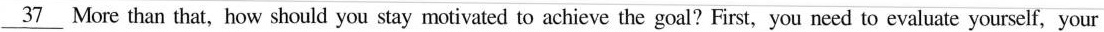
\underline{37} More than that, how should you stay motivated to achieve the goal?First, you need to evaluate yourself, your